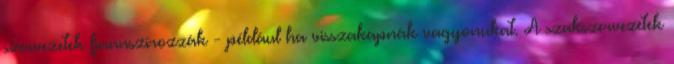
szervezetek finanszírozzák - például ha visszakapnák vagyonukat. A szakszervezetek